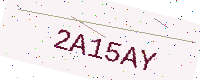
Text: 2A15AY